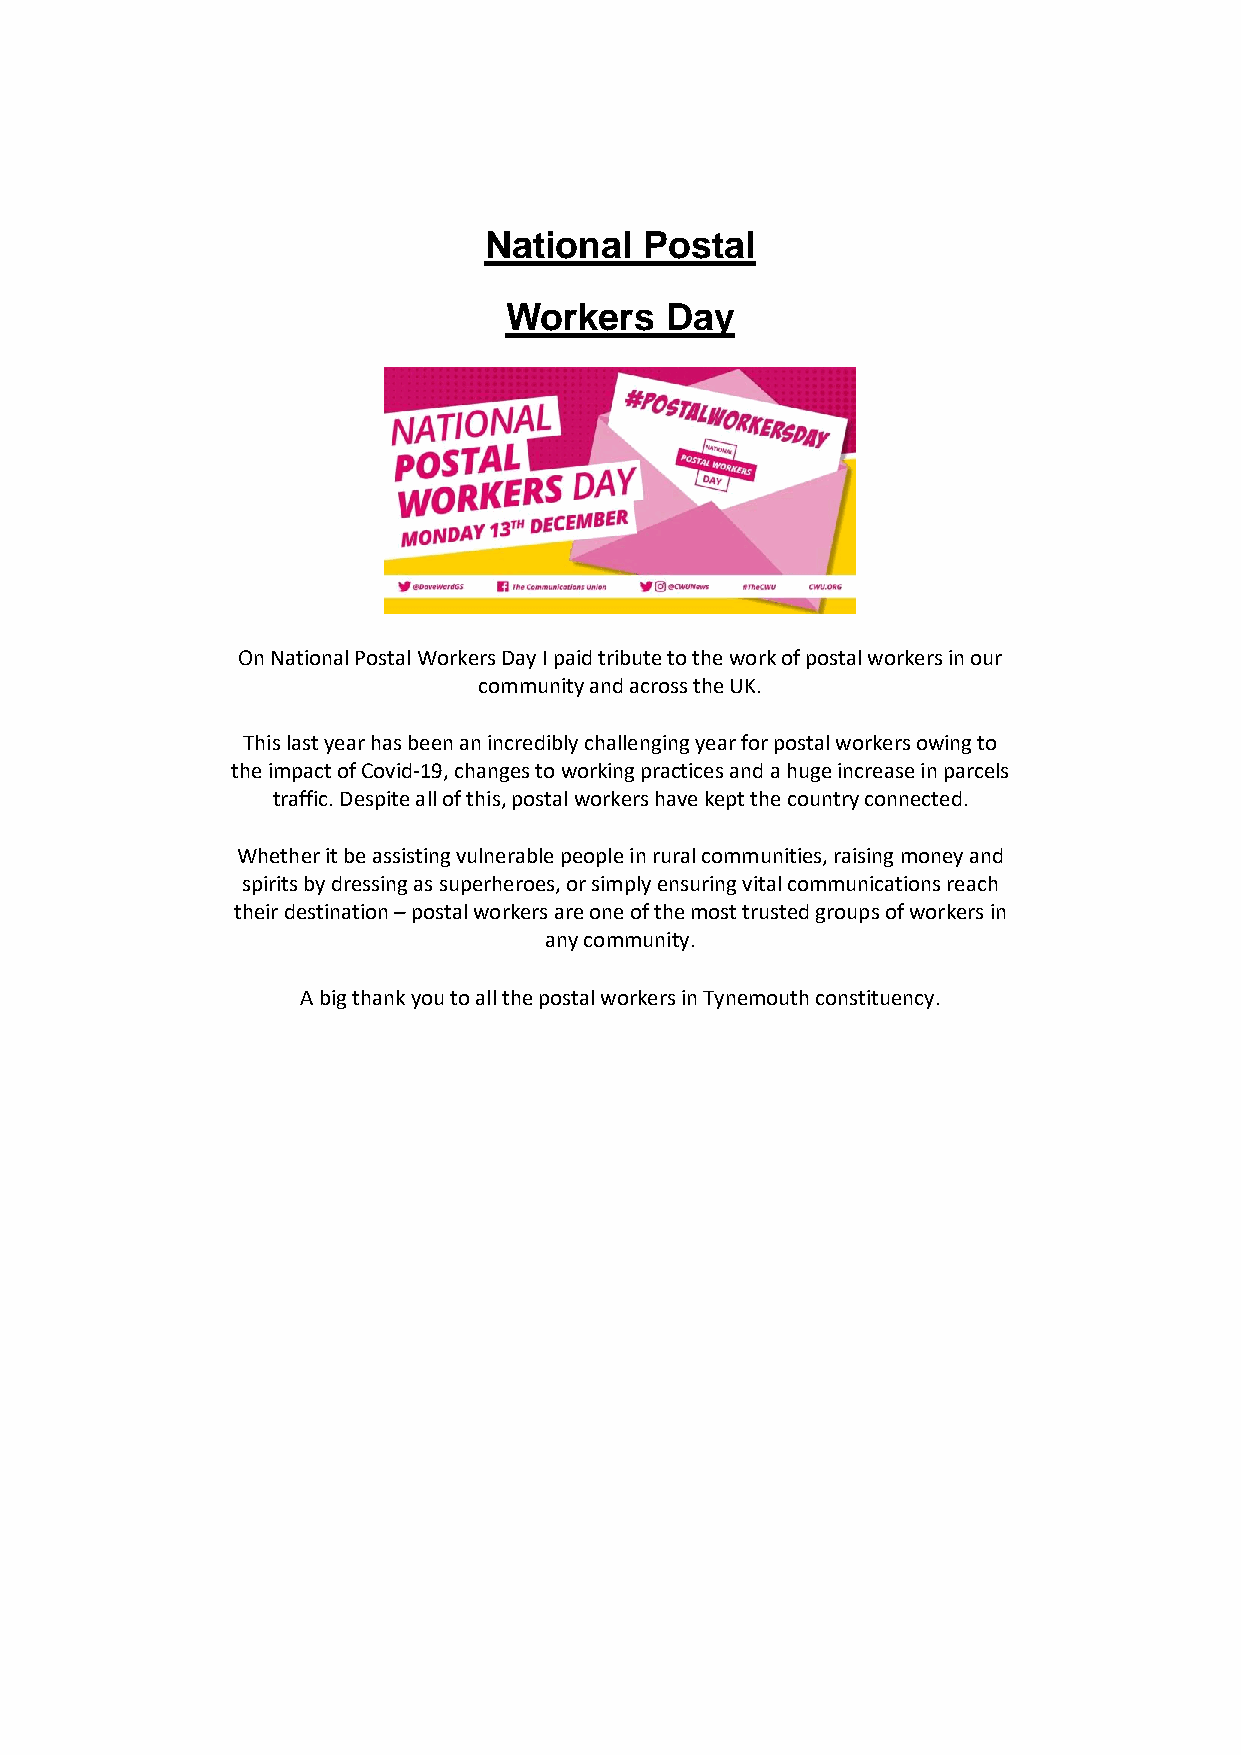
National   Postal
 Workers    Day
 On National Postal Workers Day I paid tribute to the work of postal workers in our
 community and across the UK.
 This last year has been an incredibly challenging year for postal workers owing to
 the impact of Covid-19, changes to working practices and a huge increase in parcels
 traffic. Despite all of this, postal workers have kept the country connected.
 Whether it be assisting vulnerable people in rural communities, raising money and
 spirits by dressing as superheroes, or simply ensuring vital communications reach
 their destination – postal workers are one of the most trusted groups of workers in
 any community.
 A big thank you to all the postal workers in Tynemouth constituency.